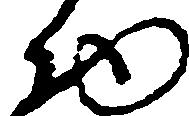
物